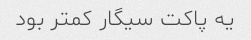
یه پاکت سیگار کمتر بود